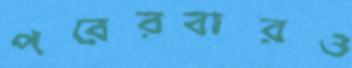
পরেরবারও